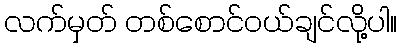
လက်မှတ် တစ်စောင်ဝယ်ချင်လို့ပါ။